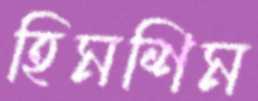
হিমশিম